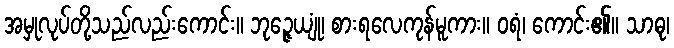
အမှုလုပ်တို့သည်လည်းကောင်း။ ဘုဉ္ဇေယျုံ၊ စားရလေကုန်မူကား။ ဝရံ၊ ကောင်း၏။ သာဓု၊